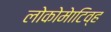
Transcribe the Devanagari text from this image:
लोकोमेाटिव्ह